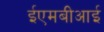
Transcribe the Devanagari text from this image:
ईएमबीआई